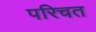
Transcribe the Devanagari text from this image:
परिचत